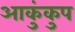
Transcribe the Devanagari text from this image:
आकुंकुप